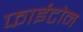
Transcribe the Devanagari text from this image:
फाईटोन